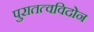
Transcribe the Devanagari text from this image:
पुरातत्वविदोन